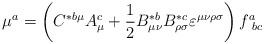
LaTeX: \begin{align*}\mu ^a=\left( C^{*b\mu }A_\mu ^c+\frac 12B_{\mu \nu }^{*b}B_{\rho \sigma}^{*c}\varepsilon ^{\mu \nu \rho \sigma }\right) f_{\ bc}^a\end{align*}